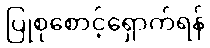
ပြုစုစောင့်ရှောက်ရန်